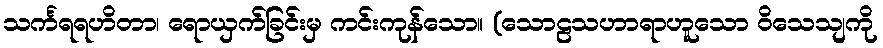
သင်္ကရရဟိတာ၊ ရောယှက်ခြင်းမှ ကင်းကုန်သော။ (သောဠသဟာရာဟူသော ဝိသေသျကို